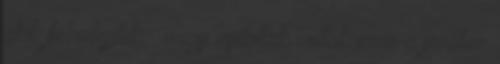
akik félreléptek – vagy nyitottak voltak erre a jövőben